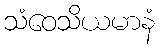
သံဝေသိယမာနံ